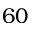
6 0